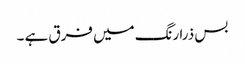
بس ذرا رنگ میں فرق ہے ۔